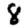
Digit: 8